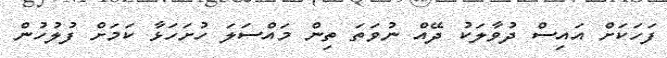
ފަހަކަށް އައިސް ދުވާލަކު ދޭއް ނުވަތަ ތިން މައްސަލަ ހުށަހަޅާ ކަމަށް ފުލުހުން